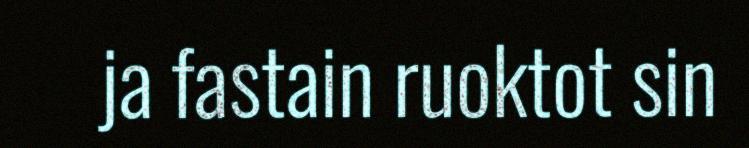
ja fastain ruoktot sin